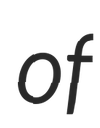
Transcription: of